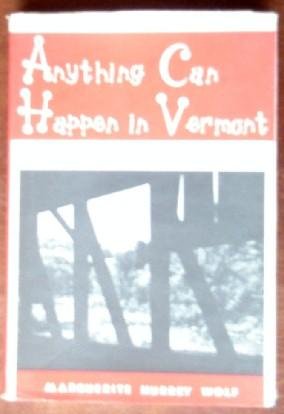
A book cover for Anything can happen in Vermont; Marguerite Hurrey Wolf; Travel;